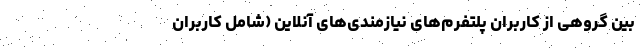
بین گروهی از کاربران پلتفرم‌های نیازمندی‌های آنلاین (شامل کاربران